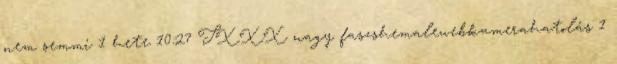
nem semmi 1 hete 10:27 TXXX nagy faszshemalewebkamerahatolás 1